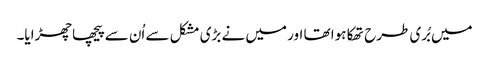
میں بُری طرح تھکا ہوا تھا اور میں نے بڑی مشکل سے اُن سے پیچھا چھڑایا۔